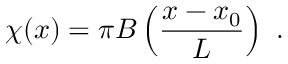
\chi ( x ) = \pi B \left( \frac { x - x _ { 0 } } { L } \right) \ .